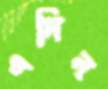
এদিন